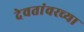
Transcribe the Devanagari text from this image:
देवतांवरच्या